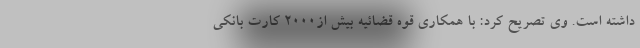
داشته است. وی تصریح کرد: با همکاری قوه قضائیه بیش از۲۰۰۰ کارت بانکی